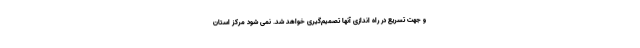
و جهت تسریع در راه اندازی آنها تصمیم‌گیری خواهد شد. نمی شود مرکز استان